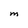
Character: M